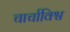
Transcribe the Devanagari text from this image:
चार्चाविश्व